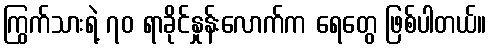
ကြွက်သားရဲ့ ၇၀ ရာခိုင်နှုန်းလောက်က ရေတွေ ဖြစ်ပါတယ်။